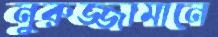
নুরুজ্জামানে